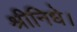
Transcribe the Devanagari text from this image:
श्रीनिधे।